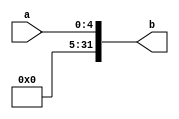
`timescale 1ns / 1ps
//////////////////////////////////////////////////////////////////////////////////
// Company: 
// Engineer: 
// 
// Design Name: 
// Module Name: ext5
// Project Name: 
// Target Devices: 
// Tool Versions: 
// Description: 
// 
// Dependencies: 
// 
// Revision:
// Revision 0.01 - File Created
// Additional Comments:
// 
//////////////////////////////////////////////////////////////////////////////////


module ext5(input [4:0] a,output [31:0] b);
assign b = {{27{1'b0}},a};//5032
endmodule